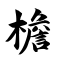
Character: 檐